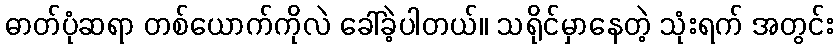
ဓာတ်ပုံဆရာ တစ်ယောက်ကိုလဲ ခေါ်ခဲ့ပါတယ်။ သရိုင်မှာနေတဲ့ သုံးရက် အတွင်း